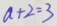
a + 2 = 3